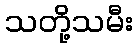
သတို့သမီး